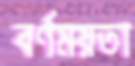
বর্ণময়তা